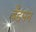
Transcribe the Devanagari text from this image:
बँडमन